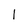
Character: 1